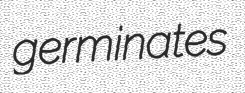
germinates